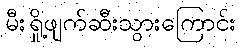
မီးရှို့ဖျက်ဆီးသွားကြောင်း